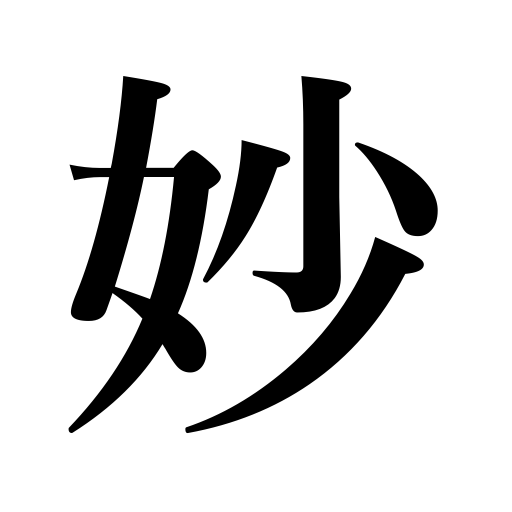
Meanings: strange,mystery,queer,cleverness,miracle